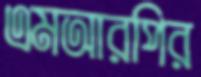
এমআরপির